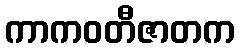
ကာကဝတီဇာတက